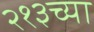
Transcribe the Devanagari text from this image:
२१३च्या